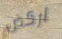
اركض